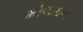
મોલાઇન